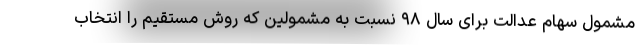
مشمول سهام عدالت برای سال ۹۸ نسبت به مشمولین که روش مستقیم را انتخاب